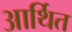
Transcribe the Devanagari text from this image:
आर्थित